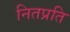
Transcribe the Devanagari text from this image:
नितप्रति